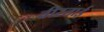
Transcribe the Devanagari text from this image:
वीरताई